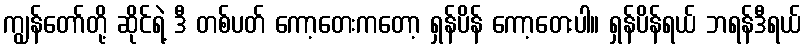
ကျွန်တော်တို့ ဆိုင်ရဲ့ ဒီ တစ်ပတ် ကော့တေးကတော့ ရှန်ပိန် ကော့တေးပါ။ ရှန်ပိန်ရယ် ဘရန်ဒီရယ်